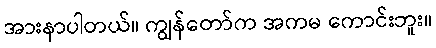
အားနာပါတယ်။ ကျွန်တော်က အကမ ကောင်းဘူး။